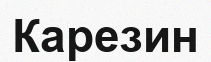
Карезин